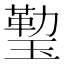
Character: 𤨙